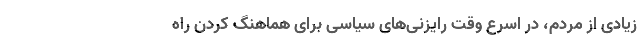
زیادی از مردم، در اسرع وقت رایزنی‌های سیاسی برای هماهنگ کردن راه‌